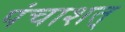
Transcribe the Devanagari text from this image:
पंचाशत्